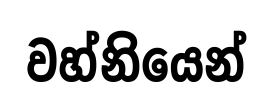
වහ්නියෙන්